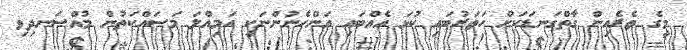
މީގެ ތެރެއިން ގާތްގަނޑަކަށް ހަތަރުބައި ކުޅަ އެއްބައި އަންހެނުންނަކީ އަމިއްލަ މަސައްކަތުން މުއްސަނދިވި